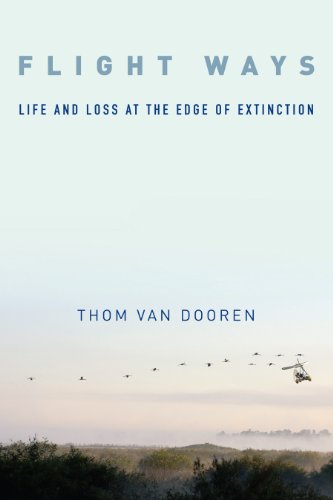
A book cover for Flight Ways: Life and Loss at the Edge of Extinction (Critical Perspectives on Animals: Theory, Culture, Science, and Law); Thom van van Dooren; Science & Math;